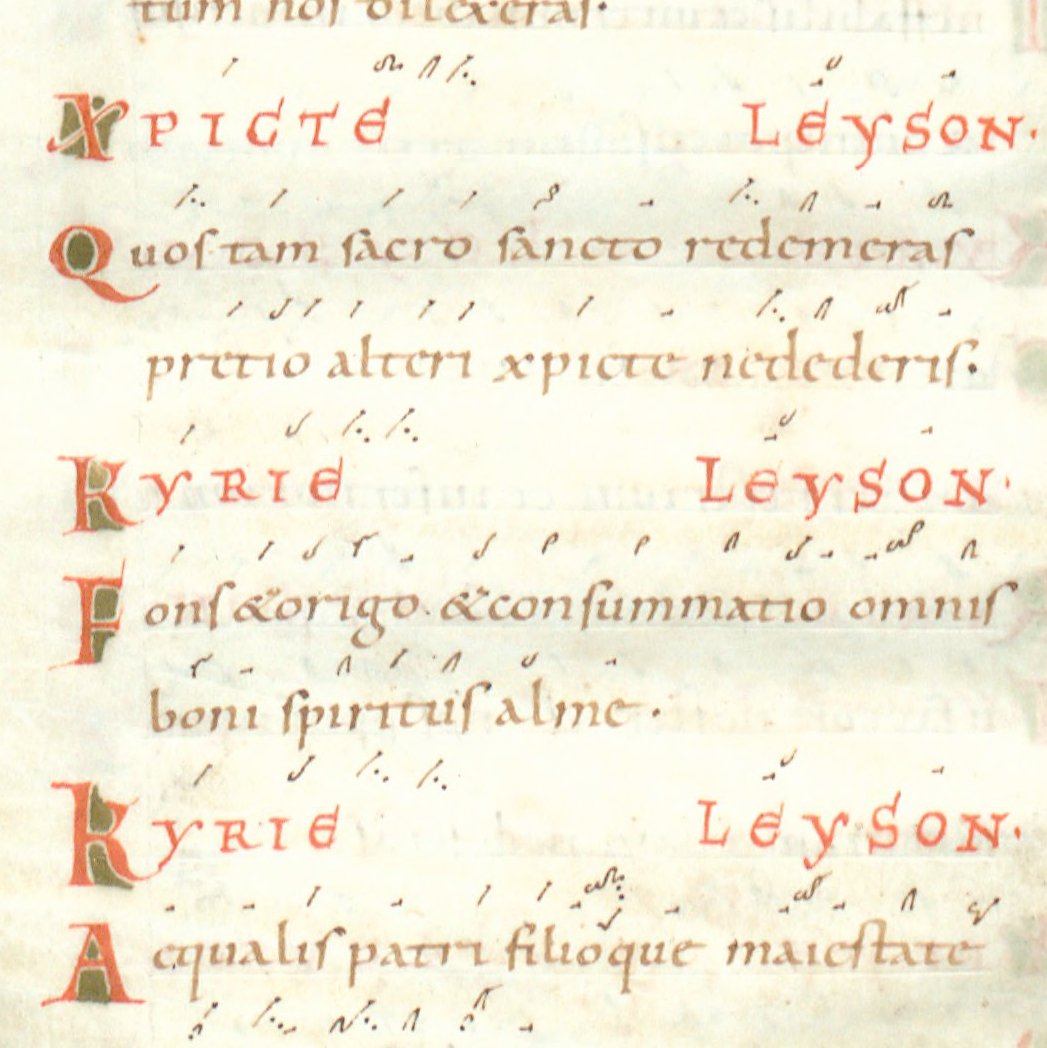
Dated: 1024–1027